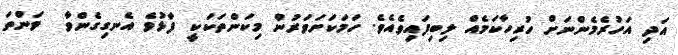
އަދި އަހުރެމެންނަށް ހުރިހާކަމެއް ލިބިފައިވެއެވެ. ހަމަކަށަވަރުން މިކަންތަކަކީ ފާޅުވެ އެނގިގެންވާ  ވަންތަ